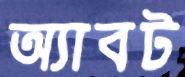
অ্যাবট